Education (Scotland) Act, 1908. Medical Inspection, 1908
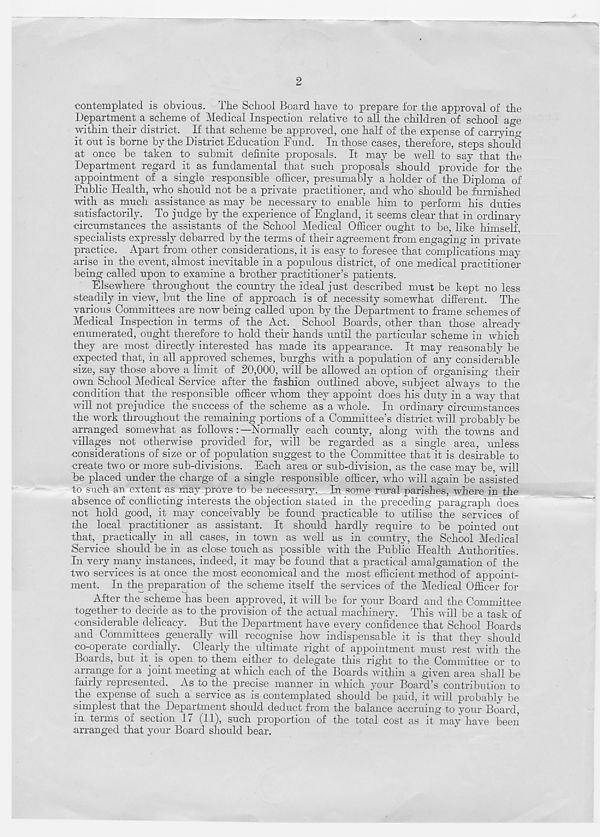
2
contemplated is obvious. The School Board have to prepare for the approval of the
Department a scheme of Medical Inspection relative to all the children of school age
within their district. If that scheme be approved, one half of the expense of carrying
it out is borne by the District Education Fund. In those cases, therefore, steps should
at once be taken to submit definite proposals. It may be well to say that the
Department regard it as fundamental that such proposals should provide for the
appointment of a single responsible officer, presumably a holder of the Diploma of
Public Health, who should not be a private practitioner, and who should be furnished
with as much assistance as may be necessary to enable him to perform his duties
satisfactorily. To judge by the experience of England, it seems clear that in ordinary
circumstances the assistants of the School Medical Officer ought to be, like himself,
specialists expressly debarred by the terms of their agreement from engaging in private
practice. Apart from other considerations, it is easy to foresee that complications may
arise in the event, almost inevitable in a populous district, of one medical practitioner
being called upon to examine a brother practitioner’s patients.
Elsewhere throughout the country the ideal just described must be kept no less
steadily in view, but the line of approach is of necessity somewhat different. The
various Committees are now being called upon by the Department to frame schemes of
Medical Inspection in terms of the Act. School Boards, other than those already
enumerated, ought therefore to hold their hands until the particular scheme in which
they are most directly interested has made its appearance. It may reasonably be
expected that, in all approved schemes, burghs with a population of any considerable
size, say those above a limit of 20,000, will be allowed an option of organising their
own School Medical Service after the fashion outlined above, subject always to the
condition that the responsible officer whom they appoint does his duty in a way that
will not prejudice the success of the scheme as a whole. In ordinary circumstances
the work throughout the remaining portions of a Committee’s district will probably be
arranged somewhat as follows:—Normally each county, along with the towns and
villages not otherwise provided for, will be regarded as a single area, unless
considerations of size or of population suggest to the Committee that it is desirable to
create two or more sub-divisions. Each area or sub-division, as the case may be, will
he placed under the charge of a single responsible officer, who will again be assisted
to such an extent as may prove to be necessary. In some rural parishes, where in the
absence of conflicting interests the objection stated in the preceding paragraph does
not hold good, it may conceivably be found practicable to utilise the services of
the local practitioner as assistant. It should hardly require to be pointed out
that, practically in all cases, in town as well as in country, the School Medical
Service should be in as close touch as possible with the Public Health Authorities.
In very many instances, indeed, it may be found that a practical amalgamation of the
two services is at once the most economical and the most efficient method of appoint-
ment. In the preparation of the scheme itself the services of the Medical Officer for
Aftei the scheme has been approved, it will be for your Board and the Committee
together to decide as to the provision of the actual machinery. This will be a task of
considerable delicacy. But the Department have every confidence that School Boards
and Committees generally will recognise how indispensable it is that they should
co-operate cordially. Clearly the ultimate right of appointment must rest with the
Boards, but it. is open to them either to delegate this right to the Committee or to
arrange for a joint meeting at which each of the Boards within a given area shall be
fairly represented. As to the precise manner in which your Board’s contribution to
the expense of such a service as is contemplated should be paid, it will probably be
simplest that the Department should deduct from the balance accruing to your Board,
in terms of section li (11), such proportion of the total cost as it may have been
arranged that your Board should bear.